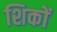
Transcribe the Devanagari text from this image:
शिकों